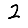
Digit: 2